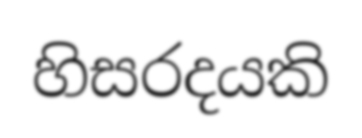
හිසරදයකි